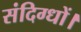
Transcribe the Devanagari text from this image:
संदिग्धों।